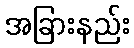
အခြားနည်း